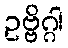
ဥဗ္ဗိဂ္ဂါ